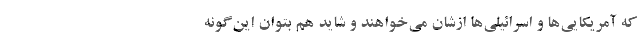
که آمریکایی‌ها و اسرائیلی‌ها ازشان می‌خواهند و شاید هم بتوان این‌گونه